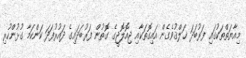
މިއާޔަތްތަކުގައި ފަރުބަދަ ޚަލްޤުވެގެން އައިގޮތަކާއި ޖިއޮލޮޖީގެ ގޮތުން ފަރުބަދައިގެ ދައުރުފަދަ ކަންކަމާ ގުޅުންހުރި